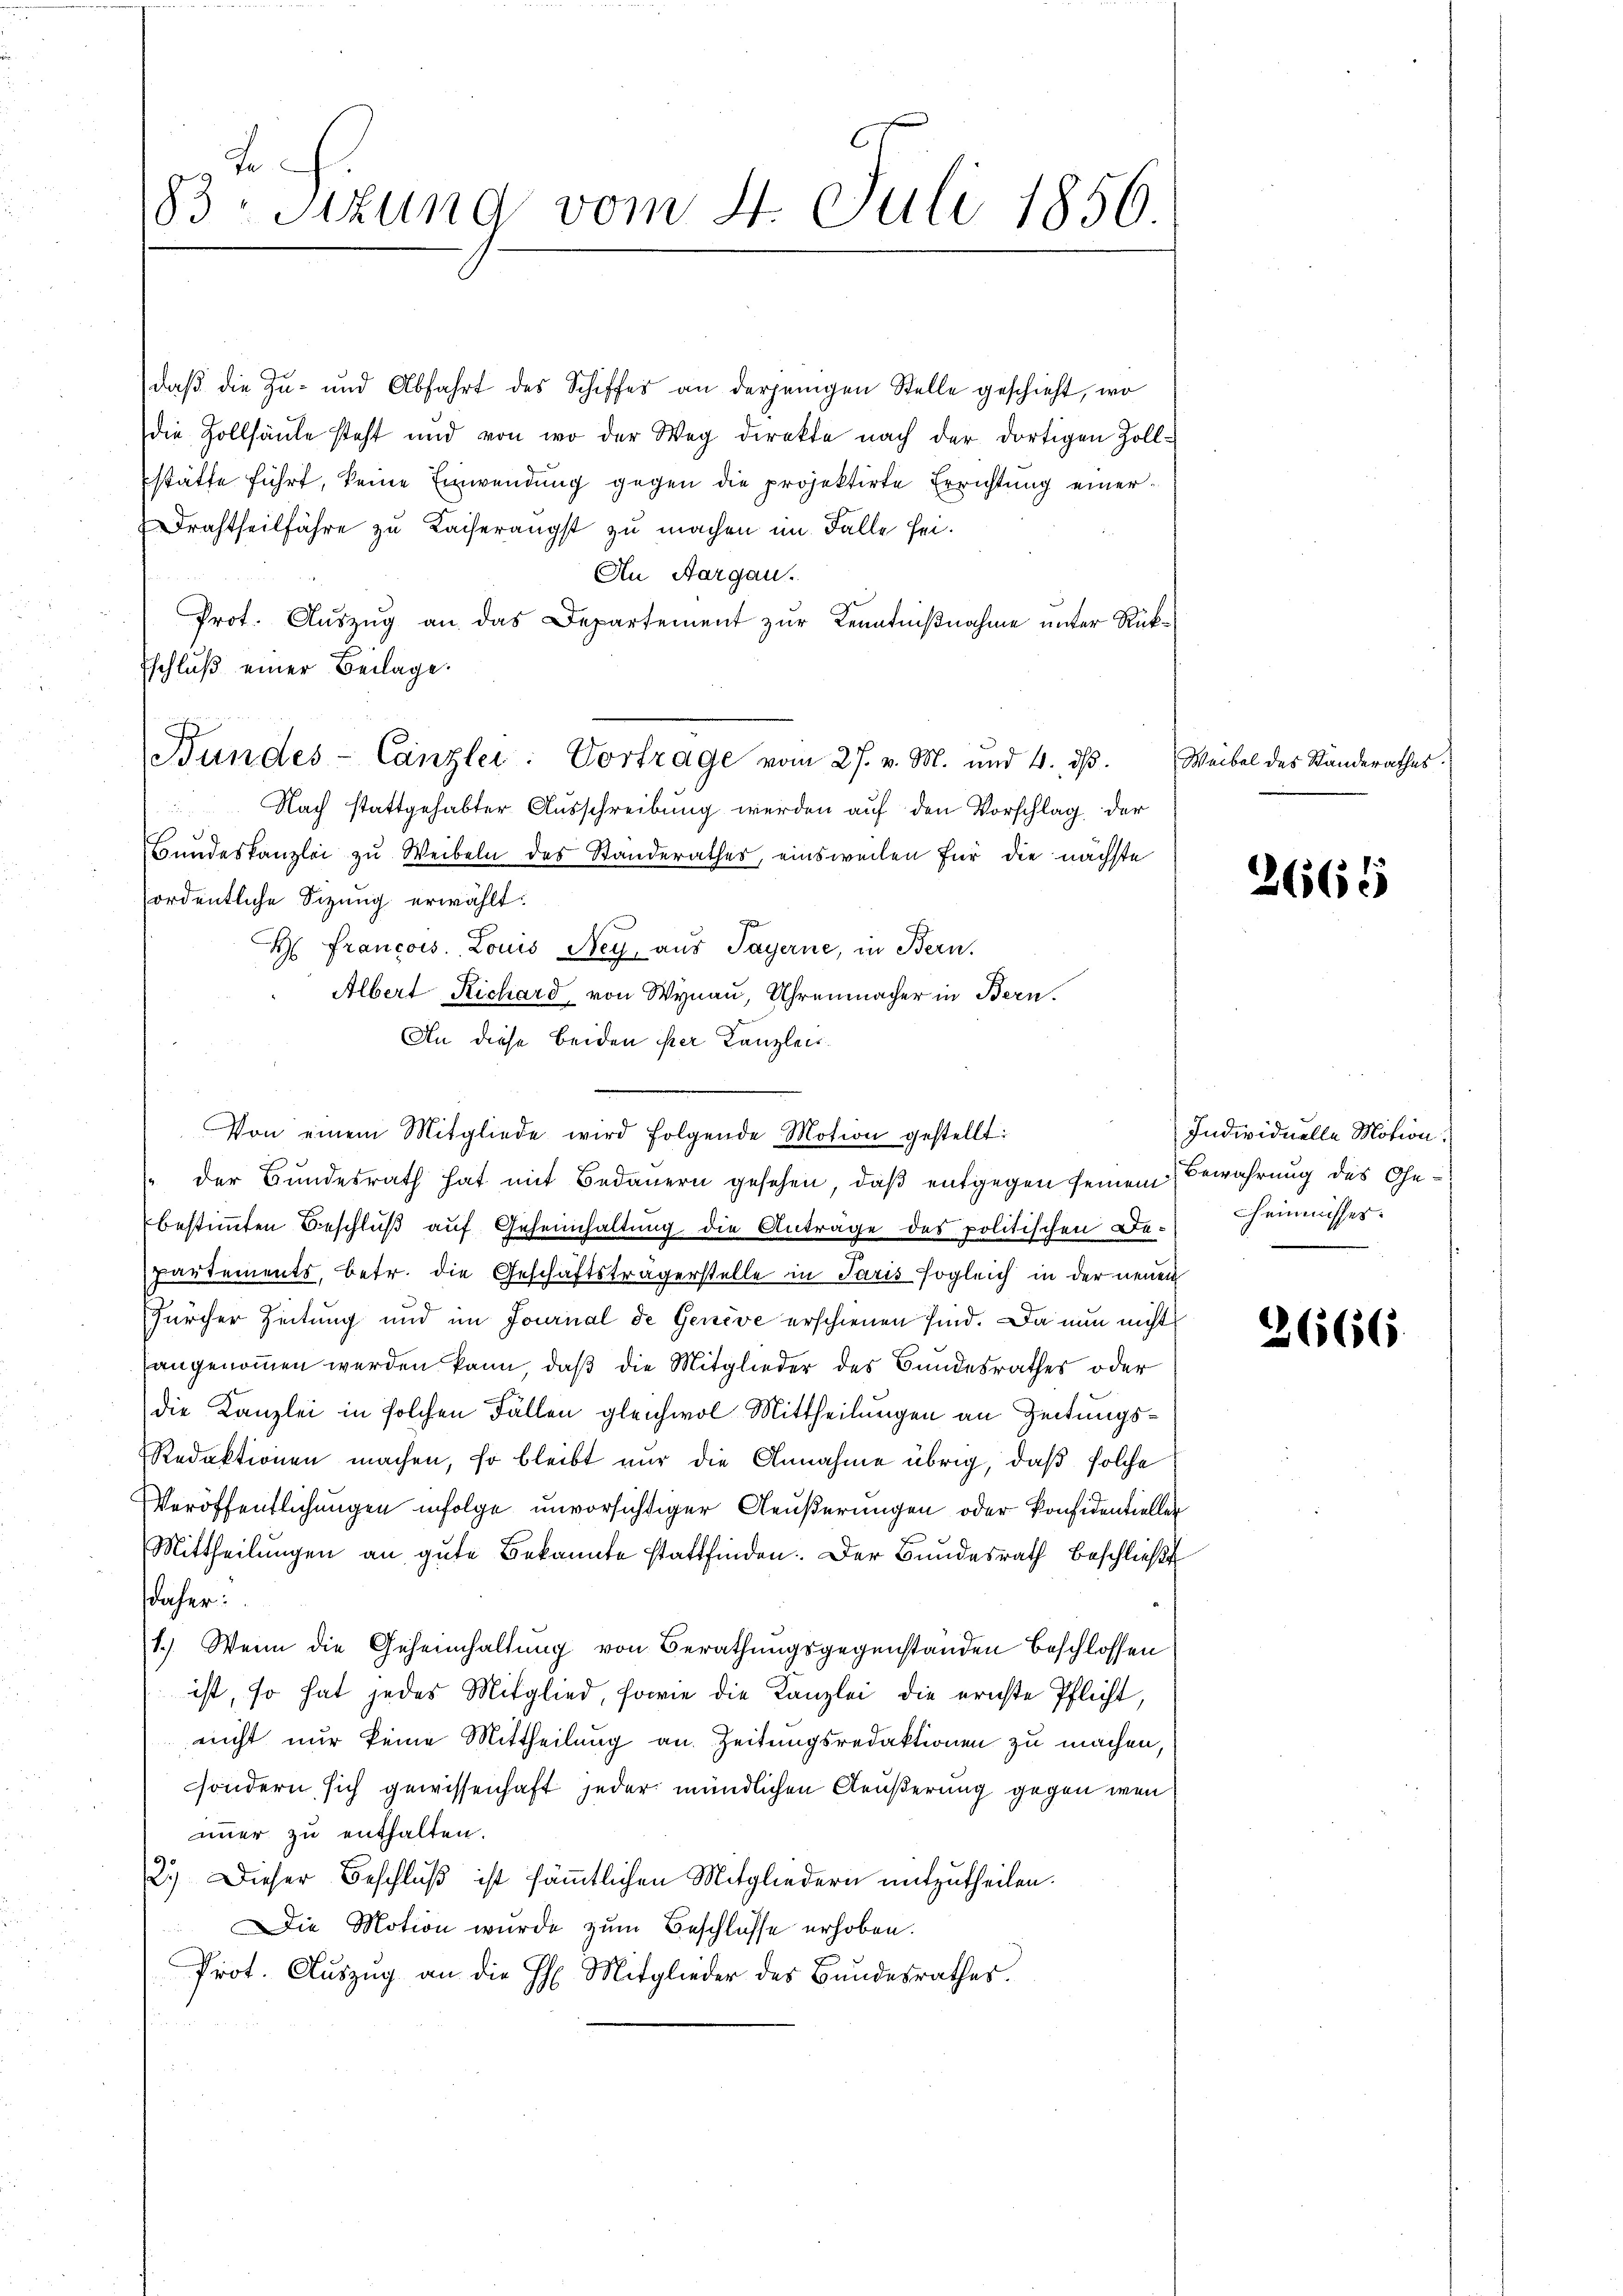
te
83. Sitzung vom 4. Juli 1856.

daß die Zu- und Abfahrt des Schiffes an derjenigen Stelle geschieht, wo
die Zollsäule steht und von wo der Weg direkte nach der dortigen Zoll-
stätte führt, keine Einwendung gegen die projektirte Errichtung einer¬
Drahtheilfahre zu Kaiserangst zu machen im Falle sei¬
An Aargau.
Prot. Auszug an das Departement zur Kenntnißnahme unter Rük¬
Eschluß einer Beilage.
 Nach stattgehabter Ausschreibung werden auf den Vorschlag der
.
Bundeskanzlei zu Weibeln des Standerathes, einsweilen für die nächste
ordentliche Sitzung erwählt:
H. Francois. Louis Ney, aus Payerne, in Bern,
Albert Richard, von Wynau, Uhrenmacher in Bern.
An diese beiden ster Kanzlei.
Von einem Mitgliede wird folgende Motion gestellt:
 der Bundesrath hat mit Bedauern gesehen, daß entgegen seinem Bewahrung des Gebestimmten Beschlŭβ aŭf Geheimhaltung die Anträge des politischen De-Cheimnisses.
partements, betr. die Geschäftsträgerstelle in Paris sogleich in der neuen
Zürcher Zeitung und im Journal de Genève erschienen sind. Da nun nicht
angenommen werden kann, daß die Mitglieder des Bundesrathes oder
die Kanzlei in solchen Fällen gleichwol Mittheilungen an Zeitungs¬
Redaktionen machen, so bleibt nur die Annahme übrig, daß solche
Veröffentlichungen infolge unvorsichtiger Aeußerungen oder Konsidentieller
Mittheilŭngen an gute Bekannte stattfinden. Der Bundesrath beschließt
daher:
1.) Wenn die Geheimhaltung von Berathungsgegenstanden beschlossen
ist, so hat jedes Mitglied, sowie die Kanzlei die ernste Pflicht,
richt nur keine Mittheilung an. Zeitungsredaktionen zu machen,
ssondern sich gewissenhaft jeder mündlichen Aeußerung gegen wen
immer zu enthalten.
2.) Dieser Beschluß ist sämtlichen Mitgliedern mitzutheilen.
Die Motion wurde zŭm Beschlüsse erhoben.
Prot. Auszug an die H. Mitglieder des Bundesrathes.

Bundes-Canzlei: Vortrage vom 27. v. M. und 4. ds.

Weibel des Ständerathes.

3665

Individuelle Motion.

2666.